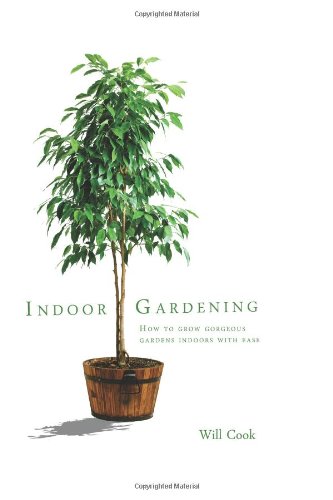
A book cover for Indoor Gardening: How To Grow Gorgeous Gardens Indoors With Ease; Will Cook; Crafts, Hobbies & Home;